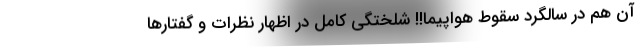
آن هم در سالگرد سقوط هواپیما!! شلختگی کامل در اظهار نظرات و گفتارها